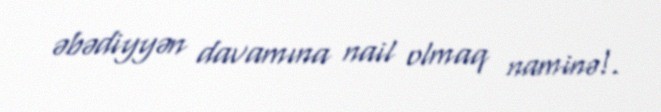
əbədiyyən davamına nail olmaq naminə!.